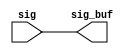
module sctag_cpx_rptr_3 (/*AUTOARG*/
   // Outputs
   sig_buf, 
   // Inputs
   sig
   );

// this repeater has 164 bits

output	[163:0]	sig_buf;
input	[163:0]	sig;


assign	sig_buf  = sig;

//output [7:0]             sctag_cpx_req_cq_buf;   // sctag to processor request
//output                   sctag_cpx_atom_cq_buf;
//output [`CPX_WIDTH-1:0]  sctag_cpx_data_ca_buf;  // sctag to cpx data pkt
//output [7:0]             cpx_sctag_grant_cx_buf; 

//input [7:0]             sctag_cpx_req_cq;   // sctag to processor request
//input                   sctag_cpx_atom_cq;
//input [`CPX_WIDTH-1:0]  sctag_cpx_data_ca;  // sctag to cpx data pkt
//input [7:0]             cpx_sctag_grant_cx; 


//assign	sctag_cpx_atom_cq_buf = sctag_cpx_atom_cq; 
//assign	sctag_cpx_data_ca_buf = sctag_cpx_data_ca;
//assign	cpx_sctag_grant_cx_buf = cpx_sctag_grant_cx;
//assign	sctag_cpx_req_cq_buf = sctag_cpx_req_cq;

endmodule